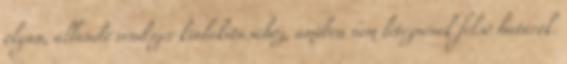
olyan, állandó rendszer kialakításához, amiben nem léteznének felső határok.